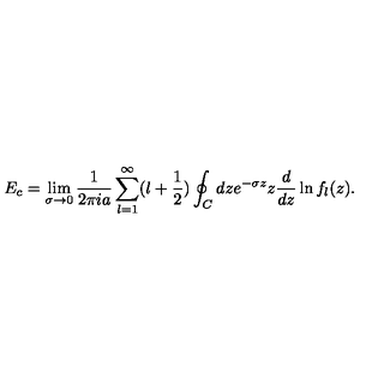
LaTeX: E _ { c } = \lim _ { \sigma \to 0 } { \frac { 1 } { 2 \pi i a } } \sum _ { l = 1 } ^ { \infty } ( l + { \frac { 1 } { 2 } } ) \oint _ { C } d z e ^ { - \sigma z } z { \frac { d } { d z } } \ln f _ { l } ( z ) .